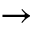
\rightarrow